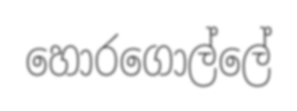
හොරගොල්ලේ